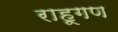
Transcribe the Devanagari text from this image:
राहूगण